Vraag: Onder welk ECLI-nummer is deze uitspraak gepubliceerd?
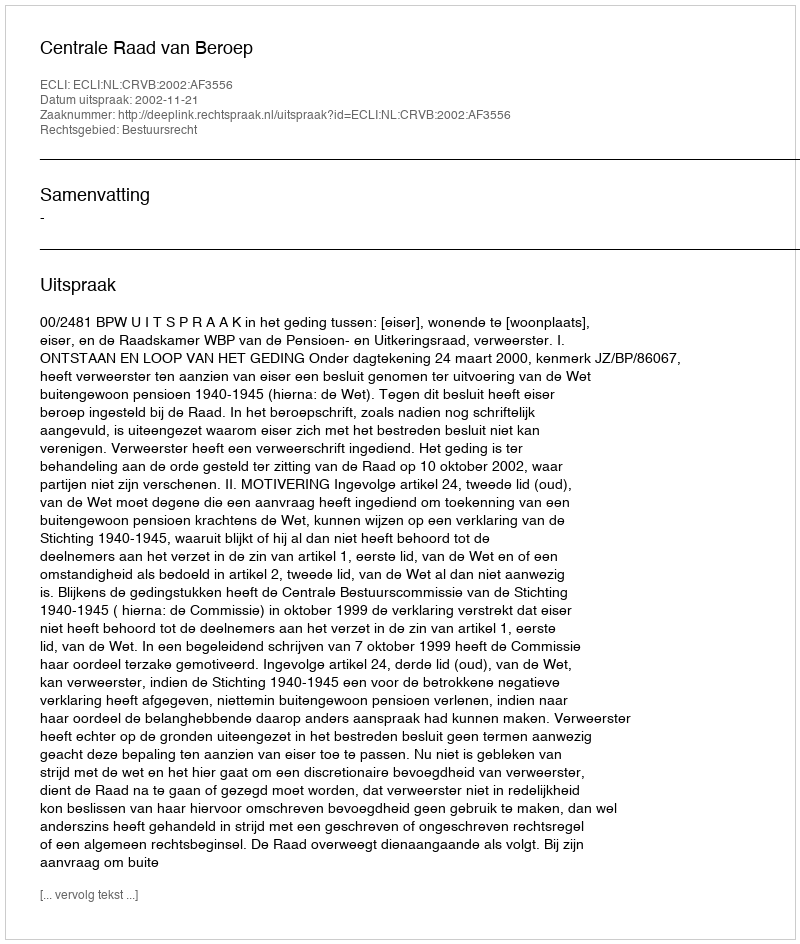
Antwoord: ECLI:NL:CRVB:2002:AF3556